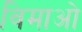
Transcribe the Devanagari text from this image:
विमाओ